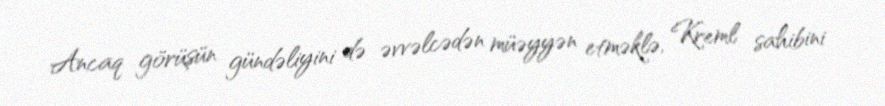
Ancaq görüşün gündəliyini də əvvəlcədən müəyyən etməklə, Kreml sahibini